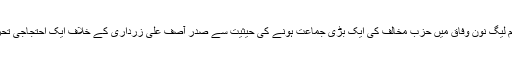
رانا شوکت کو زندہ جلانے کا واقعہ ایک ایسے وقت میں پیش آیا ہے جب مسلم لیگ نون وفاق میں حزب مخالف کی ایک بڑی جماعت ہونے کی حیثیت سے صدر آصف علی زرداری کے خلاف ایک احتجاجی تحریک چلارہی ہے اور اس ضمن میں لاہور میں ایک ریلی بھی نکالی گئی ہے۔